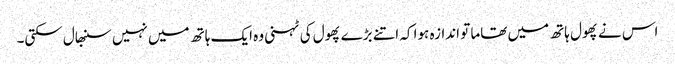
اس نے پھول ہاتھ میں تھاما تو اندازہ ہوا کہ اتنے بڑے پھول کی ٹہنی وہ ایک ہاتھ میں نہیں سنبھال سکتی۔